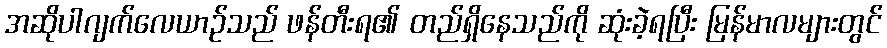
အဆိုပါဂျက်လေယာဉ်သည် ဖန်တီးရ၏ တည်ရှိနေသည်ကို ဆုံးခဲ့ရပြီး မြန်မာလများတွင်